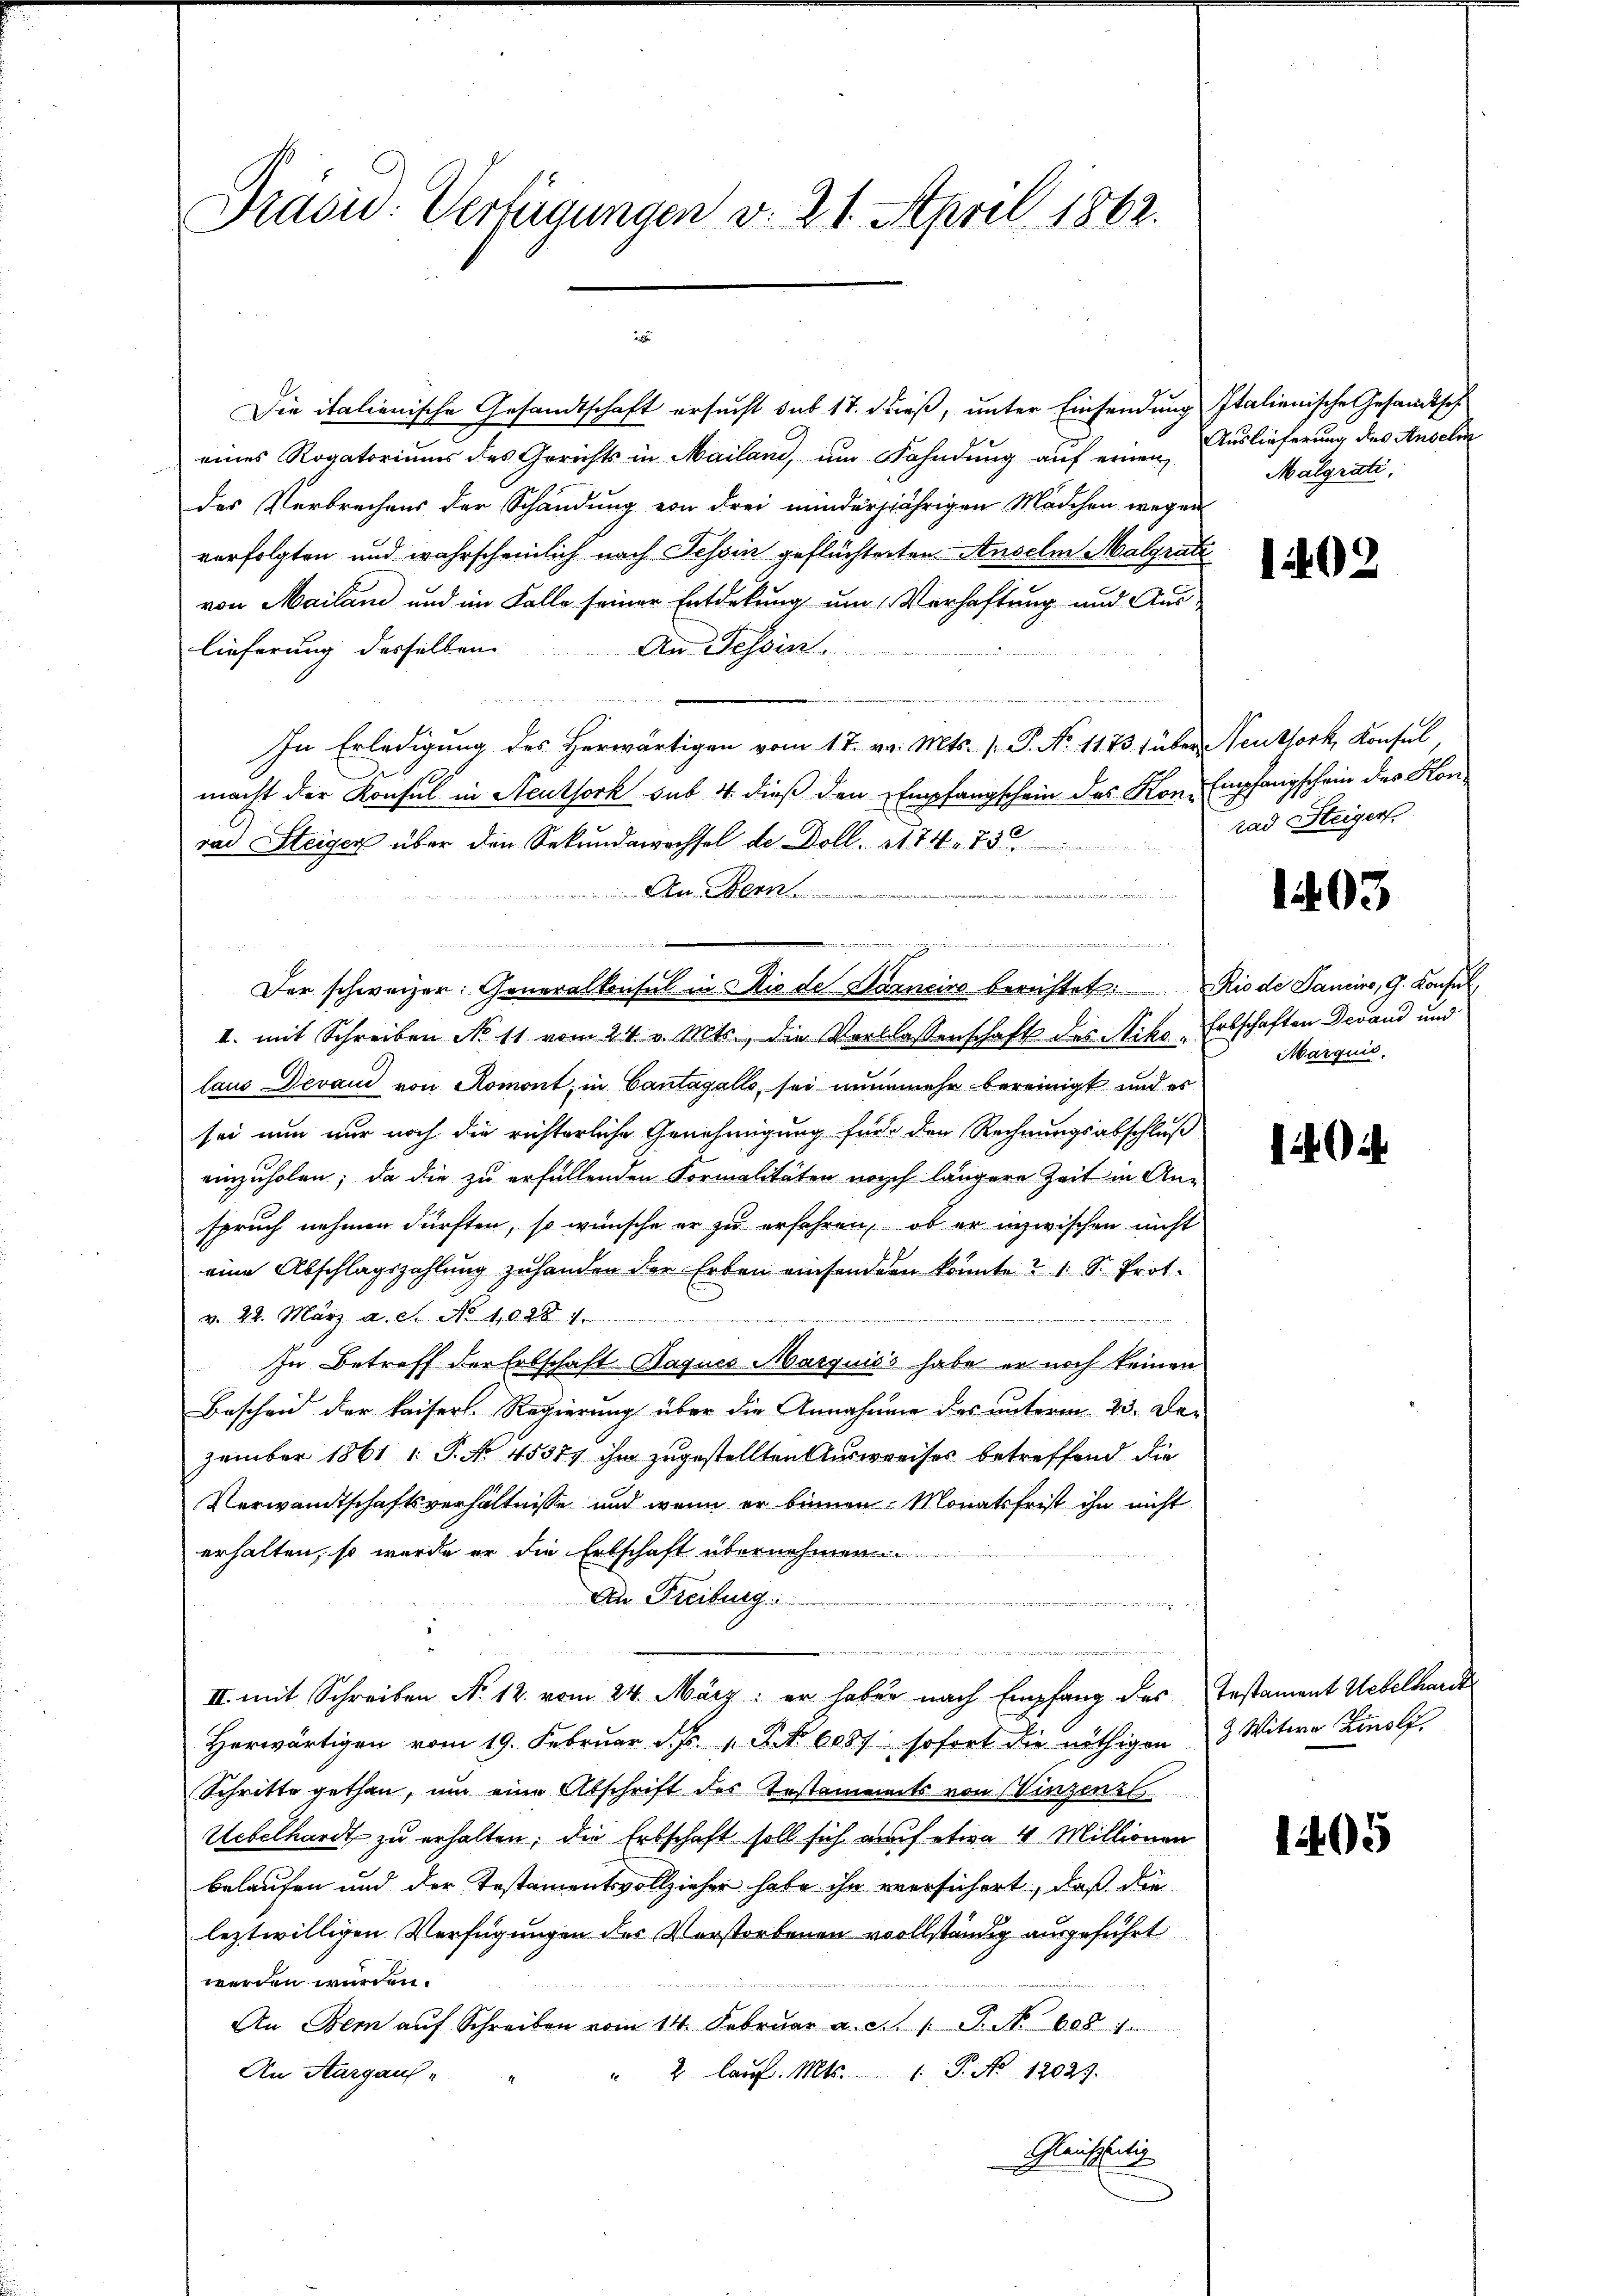
Prasid. Verfügungen v. 21. April 1862.

Die italienische Gesandtschaft ersucht das 17. dieß, unter Einsendung Italienische Gesandtsch
eines Rogatoriums des Gerichts in Mailand, um Fahndung auf einen Auslieferung des Anselin
des Verbrechens der Schandung von drei minderjährigen Mädchen wegen
verfolgten und wahrscheinlich nach Tessin geflüchterten Anselm Malgrati
von Mailand und im Falle seiner Entdekung um Verhaftung und Auslieferung desselben. An Tessin.
In Erledigung des Herwärtigen vom 17. v. Mts. ( P. No 1173 (über Neuthork, Konfel
macht der Konsul in Steuthork sub. 4. dieß den Empfangschein des Kon. Empfangschein des Honrad Steiger über den Sekundawachsel de Doll. 174. 750
An Bern.

I. mit Schreiben No 11 vom 24. v. Mts., die Verblassenschaft des Niko-Erbschaften Devand und
laus Devan von Romont, in Cantagello, sei nunmehr bereinigt und es
sei nun nur noch die richterliche Genehmigung für den Rechnungsabschluß
einzuholen; da die zu erfüllenden Formalitäten noch längere Zeit in Anspruch nehmen dürften, so wünsche er zu erfahren, ob er inzwischen nicht
eine Abschlagszahlung zuhanden der Erben einsendern konnte & 1 S. Prot.
v. 22. März a. S. No 1028 1.

In Betreff der Erbschaft Baquco Marquić's habe er noch keinen
Bescheid der kaiserl. Regierung über die Annahmen des unterm 23. Dezember 1861 1 S. No. 45377 ihm zugestellten Ausweises betreffend die
Verwandtschaftsverhältnisse und wenn er binnen Monatsfrist ihn nicht
erhalten, so wurde er die Erbschaft übernehmen.

An Freiburg
a
II. mit Schreiben No 12. vom 24. März: er haben nach Empfang des Instament Uebelhande
Herwärtigen vom 19. Februar d. Js. 1. S. 6087 sofort die nöthigen 3 Witwe Zinsli
Schritte gethan, um eine Abschrift des Testaments von Vinzenz
Uebelhardt zu erhalten, die Erbschaft soll sich auf etwa 4 Millionen
belaufen und der Testamentsvollzieher habe ihn versichert, daß die
leztwilligen Verfügungen des Verstorbenen vollständig ausgeführt
werden würden.
An dem aŭf Schreiben vom 14. Februar a. c. 1 S. No 608. 1
2 laŭf. Mts. 1. P. No 12029.
An Aargaus-
Gleichzeitig

de, der die Gelden der die
Der schweizer. Generalkonsul in Die de Garneiro berechtet: Rio di Panino, G. Konsul,

Malgrati

1492

rad Steigers.

1403

Marquic

1494

1405